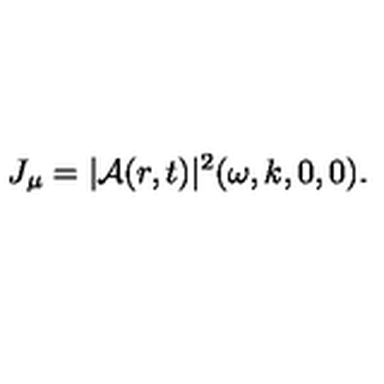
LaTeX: J _ { \mu } = | { \cal A } ( r , t ) | ^ { 2 } ( \omega , k , 0 , 0 ) .